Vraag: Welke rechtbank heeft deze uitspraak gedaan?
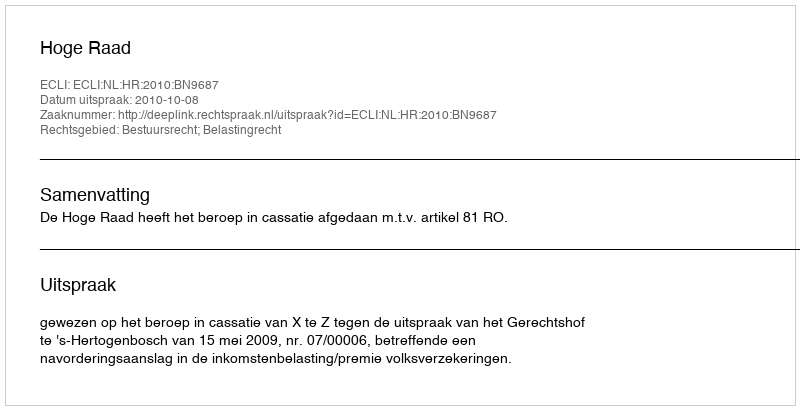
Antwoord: Hoge Raad